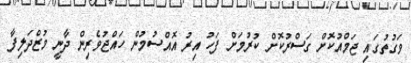
ވަގުތުގައި ޖަމްއުކޮށް ގަސްރުކޮށް ކުރުމަށް ފަހު އިރު އޮއްސުމުން ހައްޖުވެރިން ދާނީ މުޒްދަލިފާ